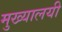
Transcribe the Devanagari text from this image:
मुख्यालयी